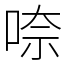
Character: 㖠